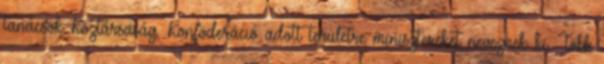
tanácsok Köztársaság, Konföderáció adott területre minisztereket neveznek ki. Több